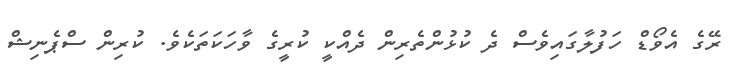
ރޭގެ އެވޯޑް ހަފުލާގައިވެސް ދެ ކުޅުންތެރިން ދެއްކީ ކުރީގެ ވާހަކަތަކެވެ. ކުރިން ސްޕެނިޝް